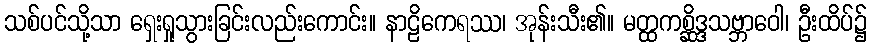
သစ်ပင်သို့သာ ရှေးရှုသွားခြင်းလည်းကောင်း။ နာဠိကေရဿ၊ အုန်းသီး၏။ မတ္ထကစ္ဆိဒ္ဒသဗ္ဘာဝေါ၊ ဦးထိပ်၌